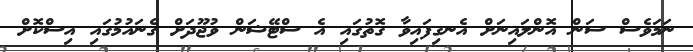
ނަމަވެސް ސަން އޮންލައިނަށް އެނގިފައިވާ ގޮތުގައި އެ ސްޓޭޝަން ވުޖޫދަށް ގެނައުމުގައި އިސްކޮށް